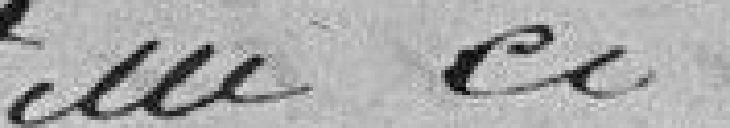
la ville-ci